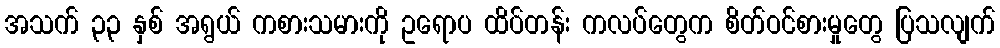
အသက် ၃၃ နှစ် အရွယ် ကစားသမားကို ဥရောပ ထိပ်တန်း ကလပ်တွေက စိတ်ဝင်စားမှုတွေ ပြသလျက်